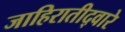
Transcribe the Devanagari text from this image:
जाहिरातीद्वारे